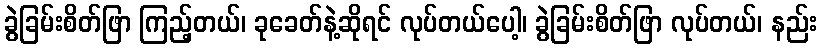
ခွဲခြမ်းစိတ်ဖြာ ကြည့်တယ်၊ ခုခေတ်နဲ့ဆိုရင် လုပ်တယ်ပေါ့၊ ခွဲခြမ်းစိတ်ဖြာ လုပ်တယ်၊ နည်း